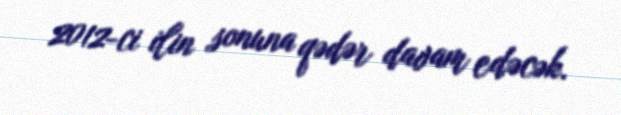
2012-ci ilin sonuna qədər davam edəcək.